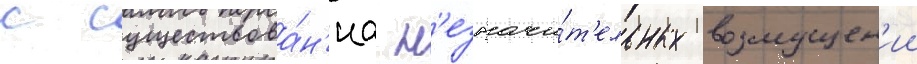
с существова́н'иа н'езначи́т'ельных возмущен'ии